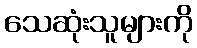
သေဆုံးသူများကို